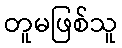
တူမဖြစ်သူ